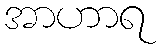
အာဟာရ